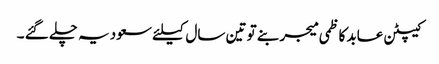
کیپٹن عابد کاظمی میجر بنے تو تین سال کیلئے سعودیہ چلے گئے ۔